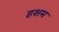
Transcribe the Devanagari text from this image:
हशम